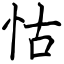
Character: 怙